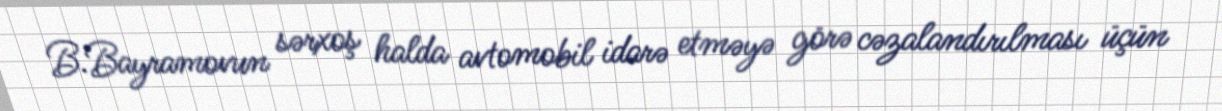
B.Bayramovun sərxoş halda avtomobil idarə etməyə görə cəzalandırılması üçün